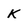
Character: K